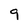
Character: 9